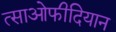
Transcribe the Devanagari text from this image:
त्साओफीदियान